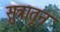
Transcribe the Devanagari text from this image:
सुत्रातून